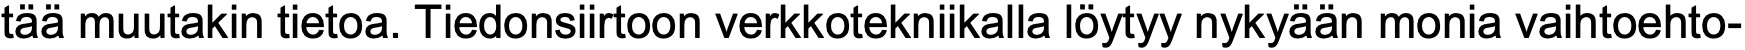
tää muutakin tietoa. Tiedonsiirtoon verkkotekniikalla löytyy nykyään monia vaihtoehto-